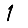
Digit: 1